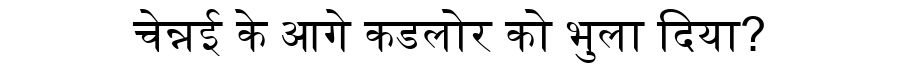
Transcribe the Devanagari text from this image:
चेन्नई के आगे कडलोर को भुला दिया?